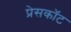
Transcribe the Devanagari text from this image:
प्रेसकॉट